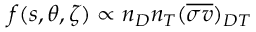
f ( s , \theta , \zeta ) \propto n _ { D } n _ { T } ( \overline { { \sigma v } } ) _ { D T }